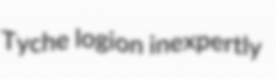
Tyche logion inexpertly